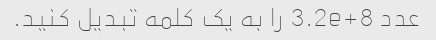
عدد 3.2e+8 را به یک کلمه تبدیل کنید.